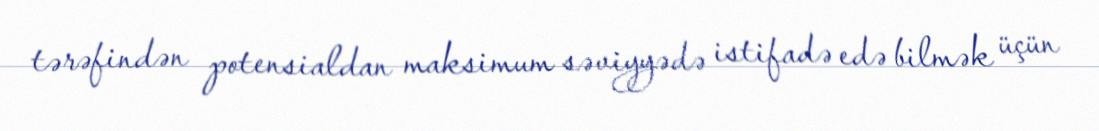
tərəfindən potensialdan maksimum səviyyədə istifadə edə bilmək üçün